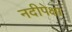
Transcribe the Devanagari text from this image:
नदीपेक्षा